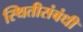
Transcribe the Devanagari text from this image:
स्थितीसंबंधी